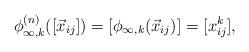
LaTeX: \begin{align*}\phi_{\infty,k}^{(n)} ([\vec{x}_{ij}]) &= [ \phi_{\infty,k} (\vec{x}_{ij}) ] = [x^k_{ij} ],\end{align*}